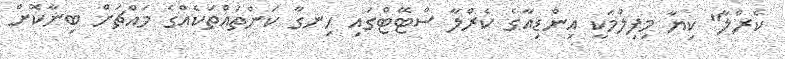
ކެރްލާ" ކިޔާ މިފިލްމަކީ އިންޑިއާގެ ކެރްލާ ސްޓޭޓްގައި ހިނގާ ކަންތައްތަކެއްގެ މައްޗަށް ބިނާކޮށް